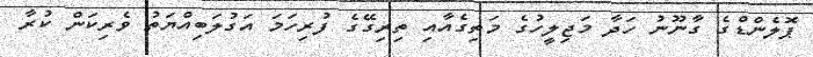
ޕޮލެންޑްގެ ގާނޫނު ހަދާ މަޖިލީހުގެ މަތިގެއާއި ތިރިގޭގެ ފުރިހަަމަ އަގުލަބިއްޔަތު ވެރިކަން ކުރާ